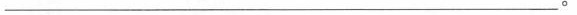
___。